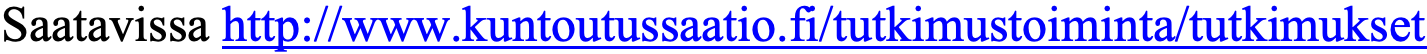
Saatavissa http://www.kuntoutussaatio.fi/tutkimustoiminta/tutkimukset